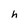
Character: h